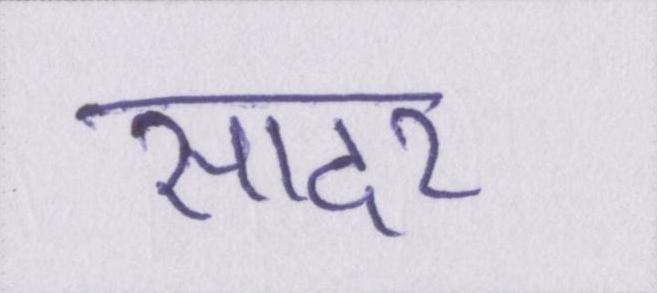
सादर